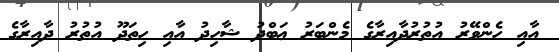
އާއި ހެންވޭރު އުތުރުދާއިރާގެ މެންބަރު ޢަބްދު ޝާހިދު އާއި ހިތަދޫ އުތުރު ދާއިރާގެ